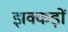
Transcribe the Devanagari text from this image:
झक्कड़ों